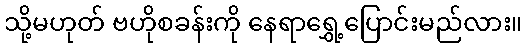
သို့မဟုတ် ဗဟိုစခန်းကို နေရာရွှေ့ပြောင်းမည်လား။